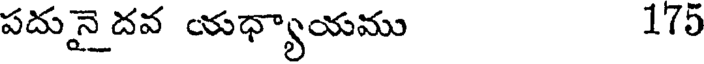
పదునై దవ యధ్యాయము 175